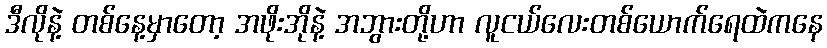
ဒီလိုနဲ့ တစ်နေ့မှာတော့ အဖိုးအိုနဲ့ အဘွားတို့ဟာ လူငယ်လေးတစ်ယောက်ရေထဲကနေ